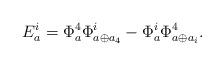
LaTeX: \begin{align*}E_a^i = \Phi^4_a\Phi^i_{a \oplus a_4}-\Phi^i_a\Phi^4_{a \oplus a_i}.\end{align*}